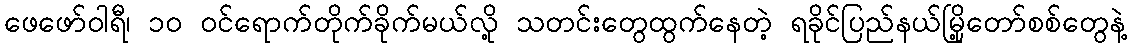
ဖေဖော်ဝါရီ၊ ၁၀ ဝင်ရောက်တိုက်ခိုက်မယ်လို့ သတင်းတွေထွက်နေတဲ့ ရခိုင်ပြည်နယ်မြို့တော်စစ်တွေနဲ့